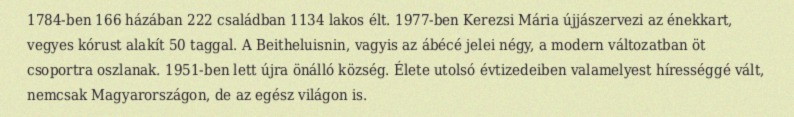
1784-ben 166 házában 222 családban 1134 lakos élt. 1977-ben Kerezsi Mária újjászervezi az énekkart, vegyes kórust alakít 50 taggal. A Beitheluisnin, vagyis az ábécé jelei négy, a modern változatban öt csoportra oszlanak. 1951-ben lett újra önálló község. Élete utolsó évtizedeiben valamelyest hírességgé vált, nemcsak Magyarországon, de az egész világon is.